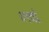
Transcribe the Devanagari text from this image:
८९वां